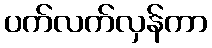
ပက်လက်လှန်ကာ